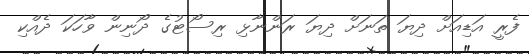
ފެރީ އަޑިއަށް ދިޔަ ތަނަށް ދިޔަ ރަންނާޅި ރިސޯޓުގެ ދޯނިން ވާހަކަ ދެއްކި